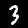
Label: 3